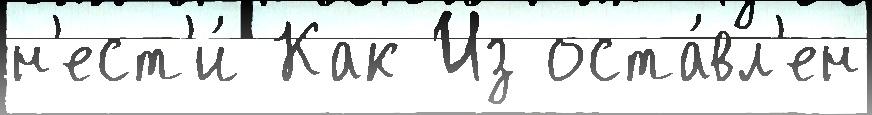
н'ест'и́ Как Из оста́вл'ен